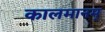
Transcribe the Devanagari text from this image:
कालमानम्